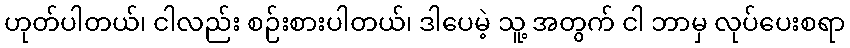
ဟုတ်ပါတယ်၊ ငါလည်း စဉ်းစားပါတယ်၊ ဒါပေမဲ့ သူ့ အတွက် ငါ ဘာမှ လုပ်ပေးစရာ